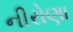
નીરોણા